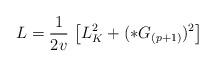
LaTeX: \begin{align*}L = \frac{1}{2v} \, \left[ L^2_K + (*G_{(p+1)})^2 \right]\end{align*}